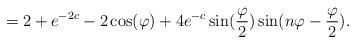
LaTeX: \begin{align*}= 2 + e^{- 2 c} - 2 \cos(\varphi)+ 4 e^{-c} \sin(\frac{\varphi}{2})\sin(n \varphi - \frac{\varphi}{2}).\end{align*}